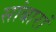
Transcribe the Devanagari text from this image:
सांबारां